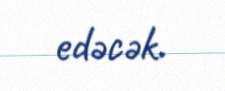
edəcək.